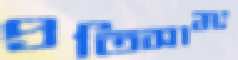
প্রতিসাম্য